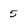
Character: 5